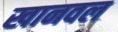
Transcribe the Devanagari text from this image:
खानवल